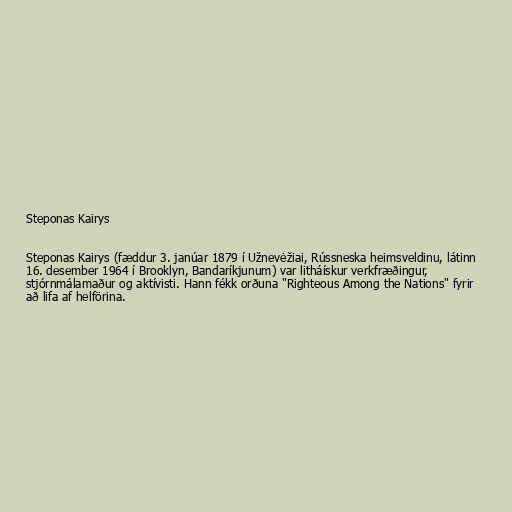
Steponas Kairys

Steponas Kairys (fæddur 3. janúar 1879 í Užnevėžiai, Rússneska heimsveldinu, látinn
16. desember 1964 í Brooklyn, Bandaríkjunum) var litháískur verkfræðingur,
stjórnmálamaður og aktívisti. Hann fékk orðuna "Righteous Among the Nations" fyrir
að lifa af helförina.